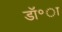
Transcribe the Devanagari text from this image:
डॉ॰ा